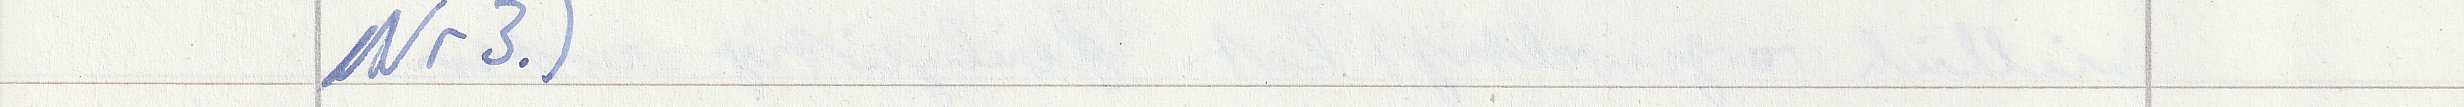
Nr 3.)